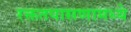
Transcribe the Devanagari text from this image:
रक्ततपासणामध्ये